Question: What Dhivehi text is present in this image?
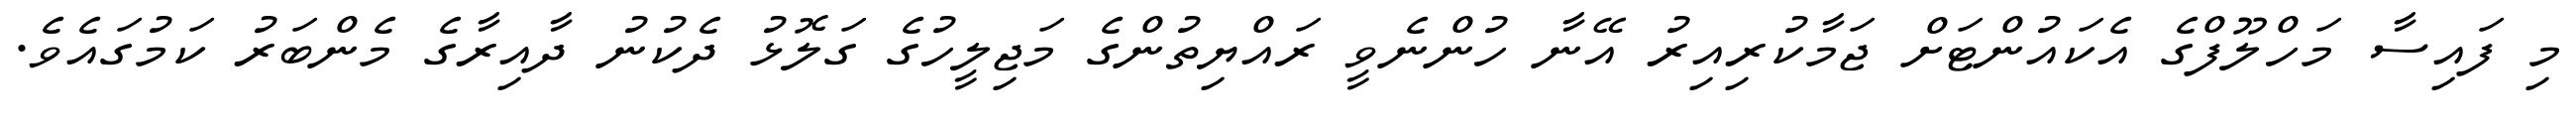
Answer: މި ފައިސާ މަހްލޫފްގެ އެކައުންޓަށް ޖަމާކުރިއިރު އޭނާ ހުންނެވީ ރައްޔިތުންގެ މަޖިލީހުގެ ގަލޮޅު ދެކުނު ދާއިރާގެ މެންބަރު ކަމުގައެވެ.